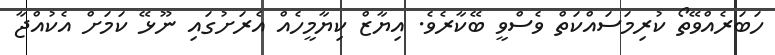
ހަބަރެއްވޭތޯ ކުރިމަސައްކަތް ވެސްވީ ބޭކާރެވެ. އިޔާޒް ކިޔާމީހެއް އެރަށުގައި ނޫޅޭ ކަމަށް އެކުއްޖާ